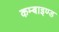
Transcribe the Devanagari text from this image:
कम्बाइण्ड